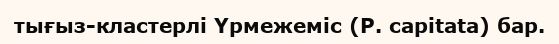
тығыз-кластерлі Үрмежеміс (P. capitata) бар.